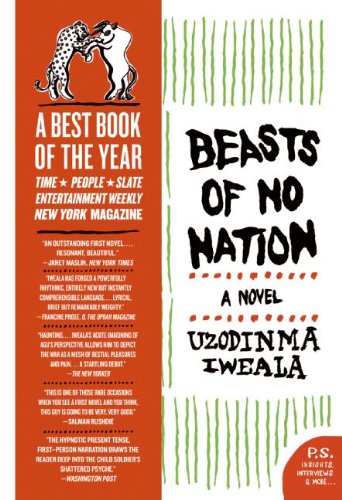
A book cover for Beasts of No Nation: A Novel (P.S.); Uzodinma Iweala; Literature & Fiction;